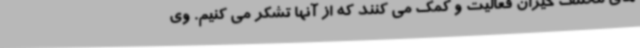
های مختلف خیران فعالیت و کمک می کنند که از آنها تشکر می کنیم. وی